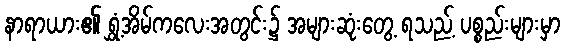
နာရာယား၏ ရွှံ့အိမ်ကလေးအတွင်း၌ အများဆုံးတွေ့ ရသည့် ပစ္စည်းများမှာ